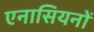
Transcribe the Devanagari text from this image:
एनासियनों